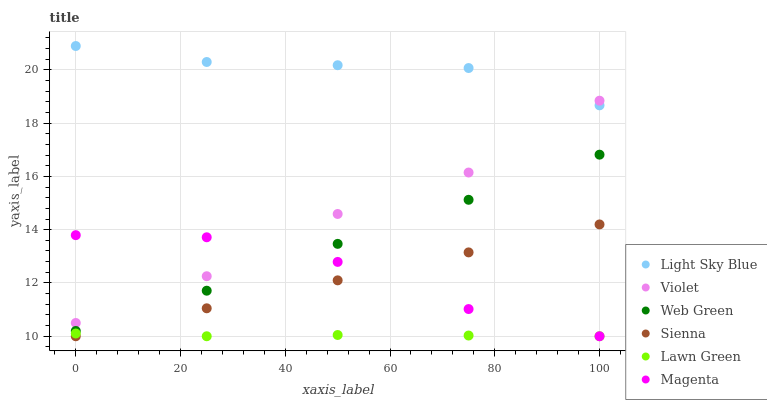
| xaxis_label | Light Sky Blue | Violet | Web Green | Sienna | Lawn Green | Magenta |
 | --- | --- | --- | --- | --- | --- | --- |
 | 0 | 20.9 | 10.5 | 10.2 | 10 | 10.1 | 13.8 |
 | 25 | 20.3 | 12.3 | 11.7 | 11 | 10 | 13.7 |
 | 50 | 20.2 | 14.6 | 13.5 | 12.1 | 10 | 12.8 |
 | 75 | 20.1 | 16.1 | 15.1 | 13.1 | 10 | 11 |
 | 100 | 18.7 | 18.8 | 16.8 | 14.2 | 10 | 10 |